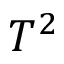
T ^ { 2 }